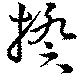
揆